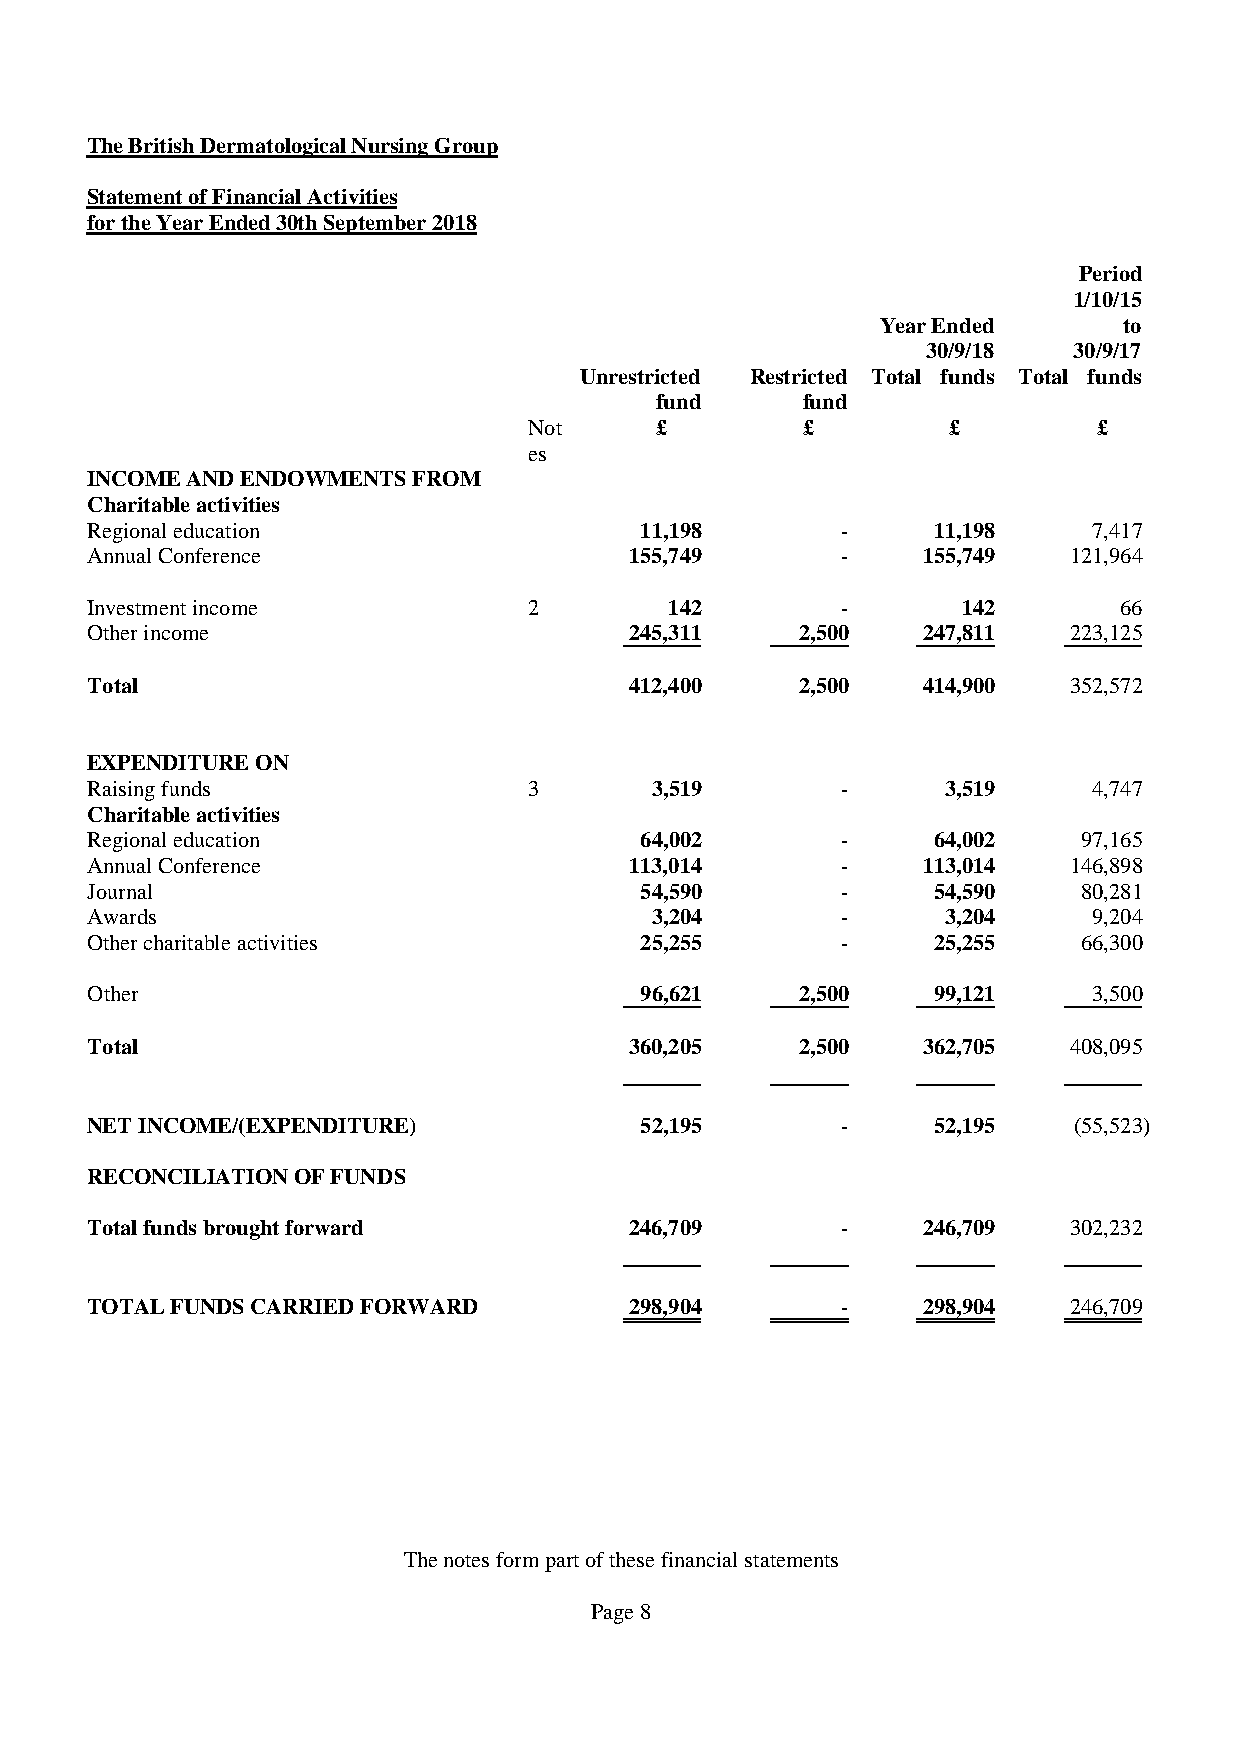
TheBritishDermatologicalNursingGroup
 StatementofFinancialActivities
 fortheYearEnded30thSeptember2018
 Period
 1/10/15
 YearEnded       to
 30/9/18   30/9/17
 Unrestricted Restricted Total funds Total funds
 fund      fund
 Not     £         £         £         £
 es
 INCOMEANDENDOWMENTSFROM
 Charitableactivities
 Regionaleducation                   11,198        -     11,198    7,417
 AnnualConference                    155,749       -    155,749   121,964
 Investmentincome             2        142         -       142       66
 Otherincome                         245,311    2,500   247,811   223,125
 Total                               412,400    2,500   414,900   352,572
 EXPENDITUREON
 Raisingfunds                 3       3,519        -      3,519    4,747
 Charitableactivities
 Regionaleducation                   64,002        -     64,002    97,165
 AnnualConference                    113,014       -    113,014   146,898
 Journal                             54,590        -     54,590    80,281
 Awards                               3,204        -      3,204    9,204
 Othercharitableactivities           25,255        -     25,255    66,300
 Other                               96,621     2,500    99,121    3,500
 Total                               360,205    2,500   362,705   408,095
 NETINCOME/(EXPENDITURE)             52,195        -     52,195   (55,523)
 RECONCILIATIONOFFUNDS
 Totalfundsbroughtforward            246,709       -    246,709   302,232
 TOTALFUNDSCARRIEDFORWARD            298,904       -    298,904   246,709
 Thenotesformpartofthesefinancialstatements
 Page8